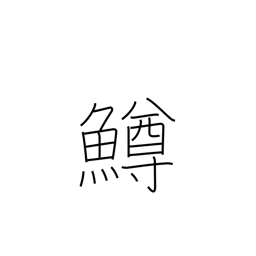
Meaning: salmon trout